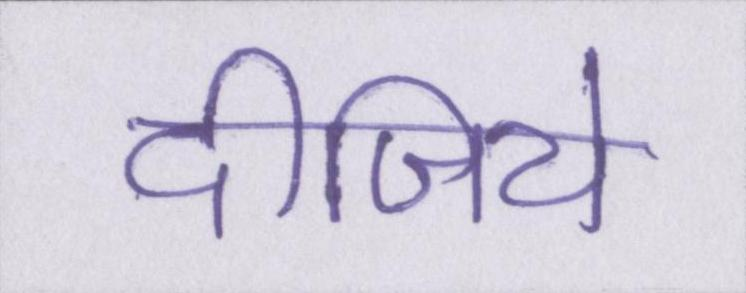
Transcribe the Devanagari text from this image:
दीजिये